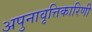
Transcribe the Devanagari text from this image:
अपुनावृत्तिकारिणी